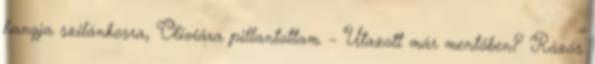
hangja szilánkosra, Oliviára pillantottam. – Utazott már mentőben? Rázós